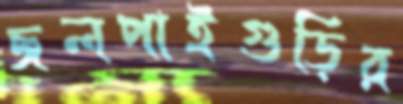
জলপাইগুড়ির